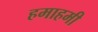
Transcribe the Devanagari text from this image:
हमाहमी